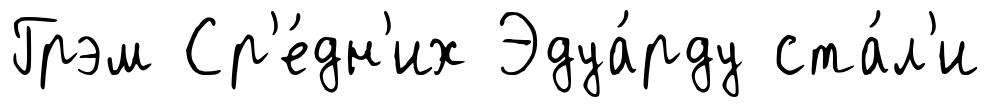
Грэм Ср'е́дн'их Эдуа́рду ста́л'и